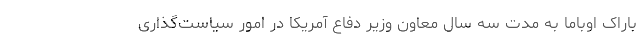
باراک اوباما به مدت سه سال معاون وزیر دفاع آمریکا در امور سیاست‌گذاری